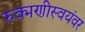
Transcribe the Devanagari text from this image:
रुक्मणीस्वयंवर